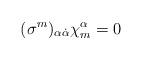
LaTeX: \begin{align*}(\sigma^m)_{\alpha\dot{\alpha}}\chi^{\alpha}_{m} = 0 \end{align*}